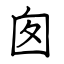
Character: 囱